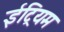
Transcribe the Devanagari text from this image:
ईट्रियम